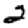
Digit: 2